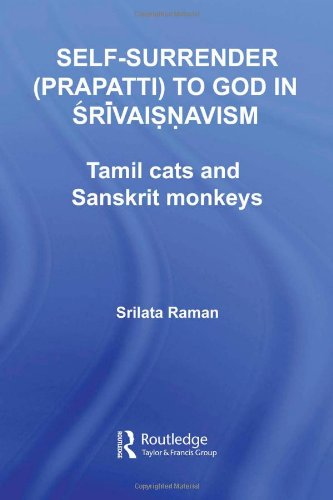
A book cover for Self-Surrender (prapatti) to God in Shrivaishnavism: Tamil Cats or Sanskrit Monkeys? (Routledge Hindu Studies Series); Srilata Raman; Religion & Spirituality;